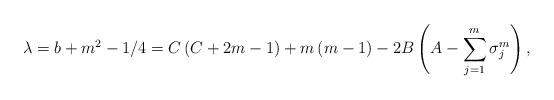
LaTeX: \begin{align*}\lambda =b+m^{2}-1/4=C\left( C+2m-1\right) +m\left( m-1\right) -2B\left(A-\sum_{j=1}^{m}\sigma _{j}^{m}\right) , \end{align*}